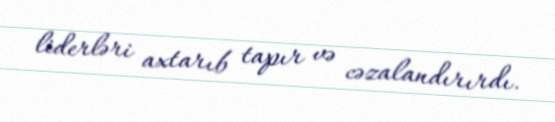
liderləri axtarıb tapır və cəzalandırırdı.